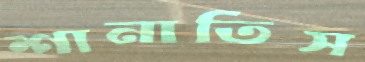
শানাতিস